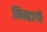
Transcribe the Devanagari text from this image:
मिन्हागों